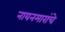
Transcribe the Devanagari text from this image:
नायनमारांचे